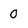
Character: O